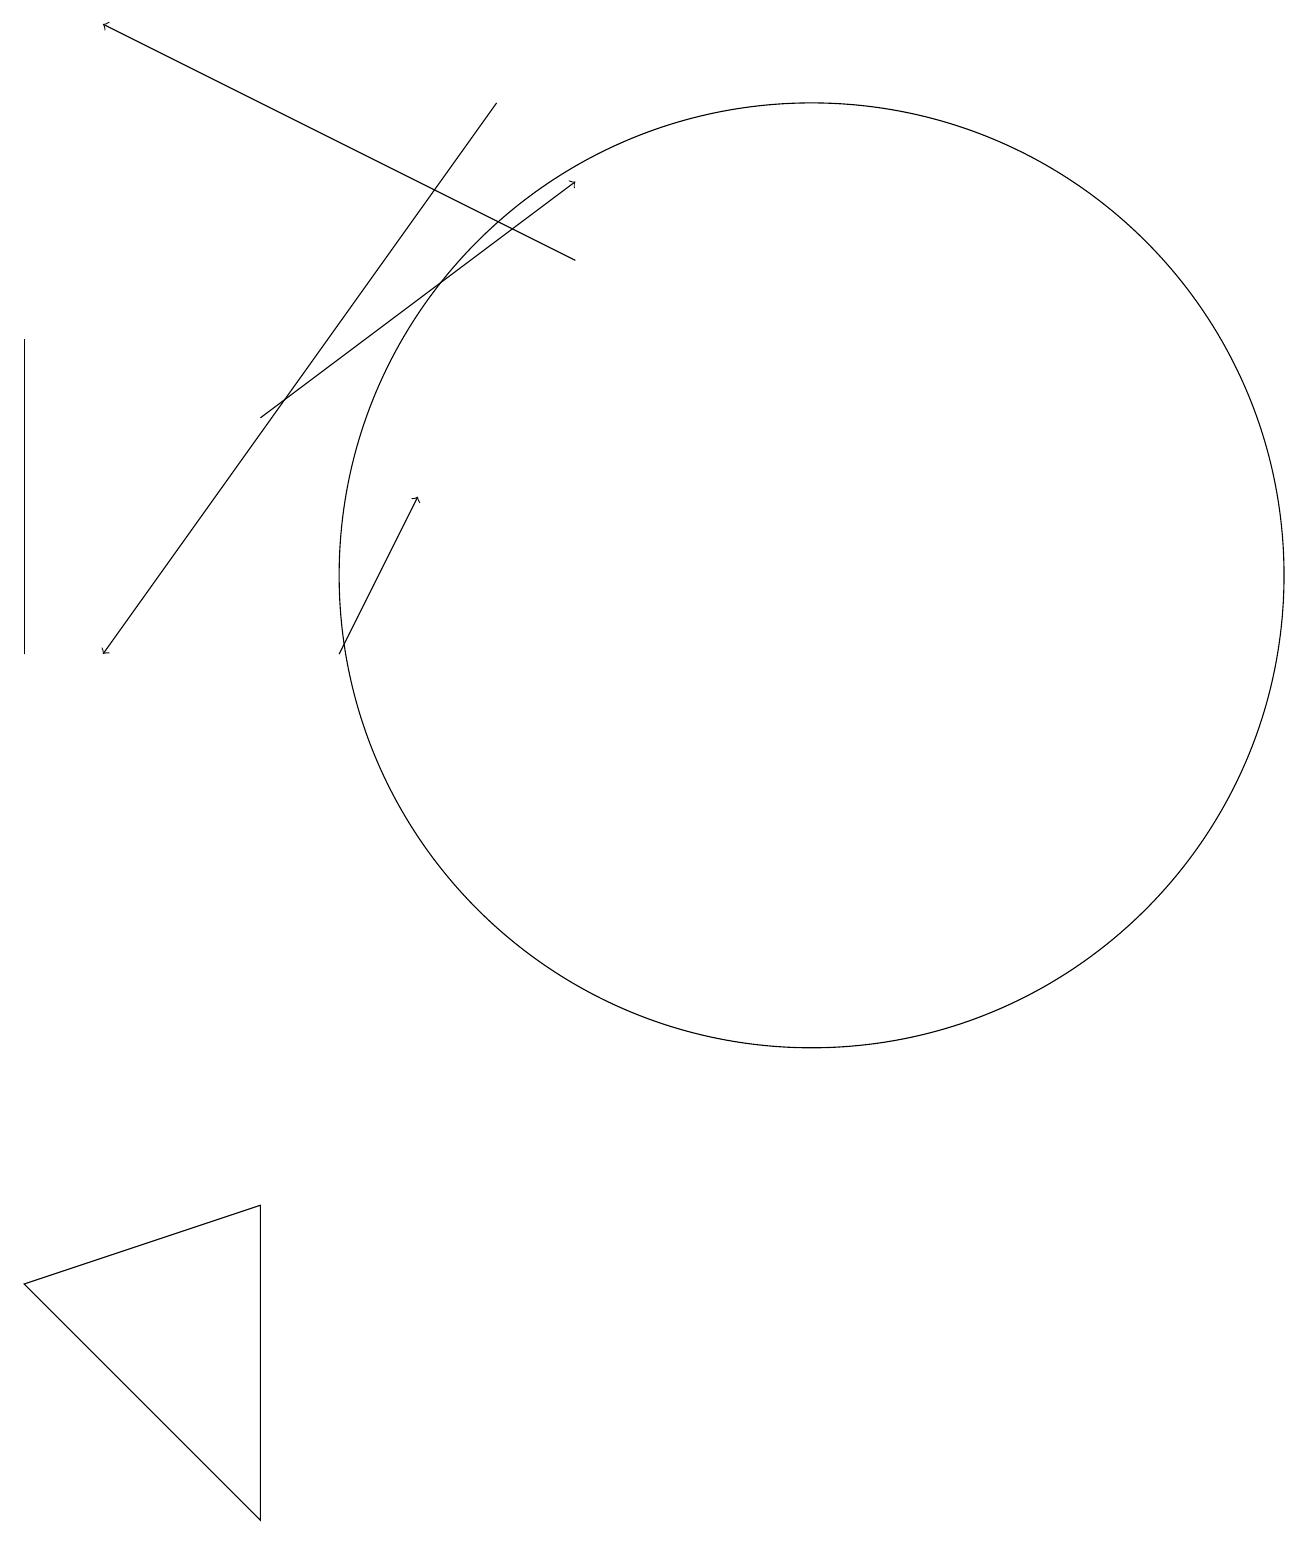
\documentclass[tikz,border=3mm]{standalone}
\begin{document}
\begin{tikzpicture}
\draw[->] (3,14) -- (7,17);
\draw (0,15) rectangle (0,11);
\draw (10,12) circle (6);
\draw[->] (6,18) -- (1,11);
\draw[->] (4,11) -- (5,13);
\draw (3,4) -- (0,3) -- (3,0) -- cycle;
\draw[->] (7,16) -- (1,19);
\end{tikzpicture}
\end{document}